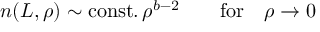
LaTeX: n ( L , \rho ) \sim \mathrm { c o n s t . } \, \rho ^ { b - 2 } \qquad \mathrm { f o r } \quad \rho \rightarrow 0